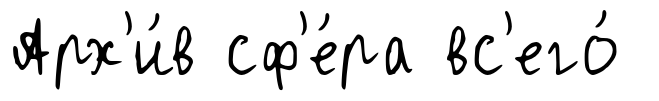
Арх'и́в сф'е́ра вс'его́